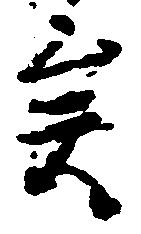
矣